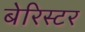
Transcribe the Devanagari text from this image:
बेरिस्टर